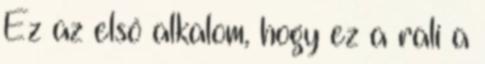
Ez az első alkalom, hogy ez a rali a